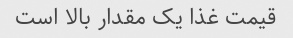
قیمت غذا یک مقدار بالا است